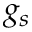
g _ { s }